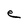
Character: e